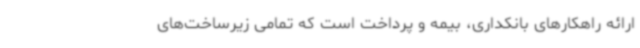
ارائه راهکارهای بانکداری، بیمه و پرداخت است که تمامی زیرساخت‌های